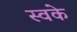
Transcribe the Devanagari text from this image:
स्वके